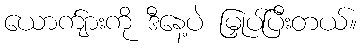
ယောက်ျားကို ဒီနေ့ပဲ မြှုပ်ပြီးတယ်။